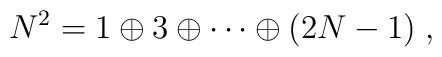
N^2 = 1 \oplus 3 \oplus \cdots \oplus (2N-1) \; ,